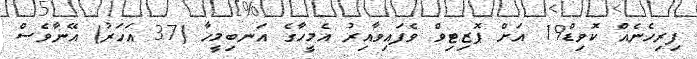
ފިރިހެނެއް ކޮވިޑް19 އަށް ޕޮޒިޓިވް ވެފައިވާއިރު އެމީހާގެ އަނބިމީހާ (37 އަހަރު) އޭނާވެސް